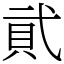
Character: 貮